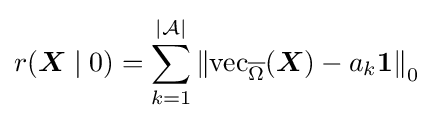
r({\boldsymbol {X}}\mid 0)=\sum _{k=1}^{|{\mathcal {A}}|}\left\|\operatorname {vec} _{\overline {\Omega }}({\boldsymbol {X}})-a_{k}\mathbf {1} \right\|_{0}